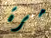
مرة